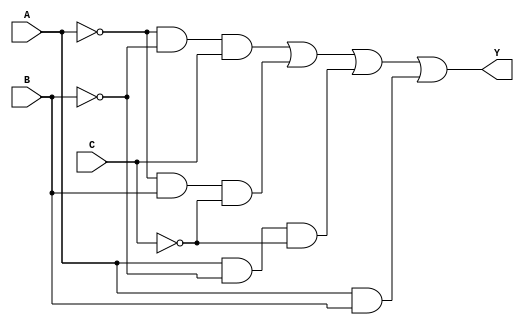
module comb_logic(
    input wire A,
    input wire B,
    input wire C,
    output wire Y
);

// Combinational logic implementation using the simplified expression
assign Y = (~A & ~B & C) | (~A & B & ~C) | (A & ~B & ~C) | (A & B);

endmodule